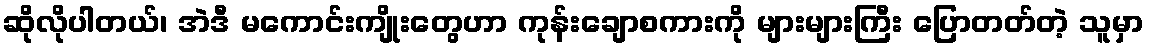
ဆိုလိုပါတယ်၊ အဲဒီ မကောင်းကျိုးတွေဟာ ကုန်းချောစကားကို များများကြီး ပြောတတ်တဲ့ သူမှာ